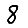
Digit: 8